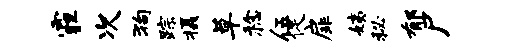
霾次狗踪摄草稔伍促扉姨秘郁尸